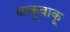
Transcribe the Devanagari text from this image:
वाकूवाकू